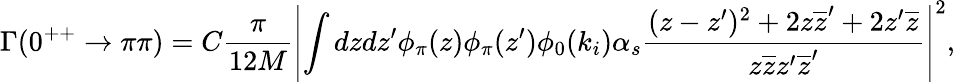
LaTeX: \Gamma(0^{++}\rightarrow\pi\pi)=C\frac{\pi}{12M}\left|\int dzdz^{\prime}\phi_{\pi}(z)\phi_{\pi}(z^{\prime})\phi_{0}(k_{i})\alpha_{s}\frac{(z-z^{\prime})^{2}+2z\overline{{{z}}}^{\prime}+2z^{\prime}\overline{{{z}}}}{z\overline{{{z}}}z^{\prime}\overline{{{z}}}^{\prime}}\right|^{2},